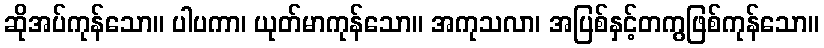
ဆိုအပ်ကုန်သော။ ပါပကာ၊ ယုတ်မာကုန်သော။ အကုသလာ၊ အပြစ်နှင့်တကွဖြစ်ကုန်သော။